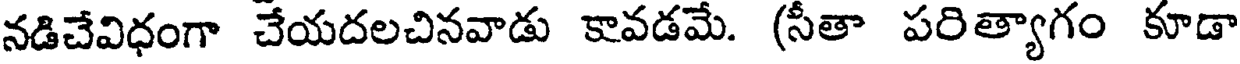
నడిచేవిధంగా చేయదలచినవాడు కావడమే. (సీతా పరిత్యాగం కూడా